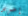
إحرص